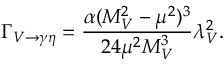
\Gamma _ { V \rightarrow \gamma \eta } = \frac { \alpha ( M _ { V } ^ { 2 } - \mu ^ { 2 } ) ^ { 3 } } { 2 4 \mu ^ { 2 } M _ { V } ^ { 3 } } \lambda _ { V } ^ { 2 } .